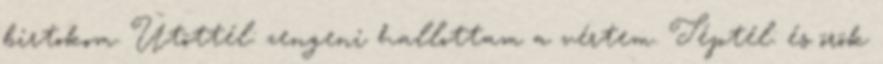
birtokom. Ütöttél: zengeni hallottam a vértem. Téptél: és örök